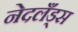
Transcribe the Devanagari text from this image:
नेदलँड्स